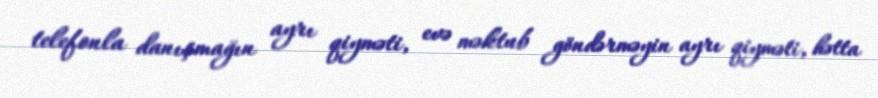
telefonla danışmağın ayrı qiyməti, evə məktub göndərməyin ayrı qiyməti, hətta